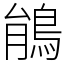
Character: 䳌